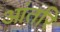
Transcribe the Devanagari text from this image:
आंतरि